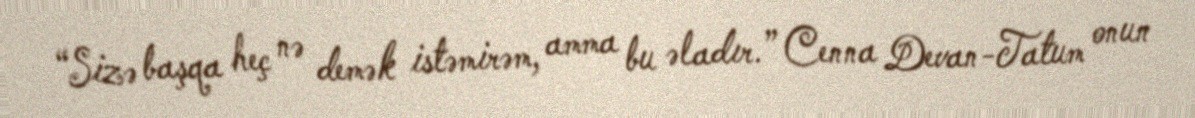
“Sizə başqa heç nə demək istəmirəm, amma bu əladır.” Cenna Devan-Tatum onun